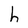
Character: h